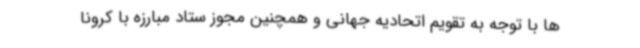
ها با توجه به تقویم اتحادیه جهانی و همچنین مجوز ستاد مبارزه با کرونا